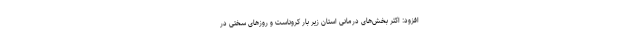
افزود: اکثر بخش‌های درمانی استان زیر بار کروناست و روزهای سختی در